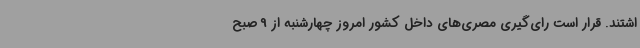
اشتند. قرار است رای‌گیری مصری‌های داخل کشور امروز چهارشنبه از 9 صبح